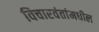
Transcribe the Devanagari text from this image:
विचारवंतांमधील